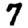
Digit: 7